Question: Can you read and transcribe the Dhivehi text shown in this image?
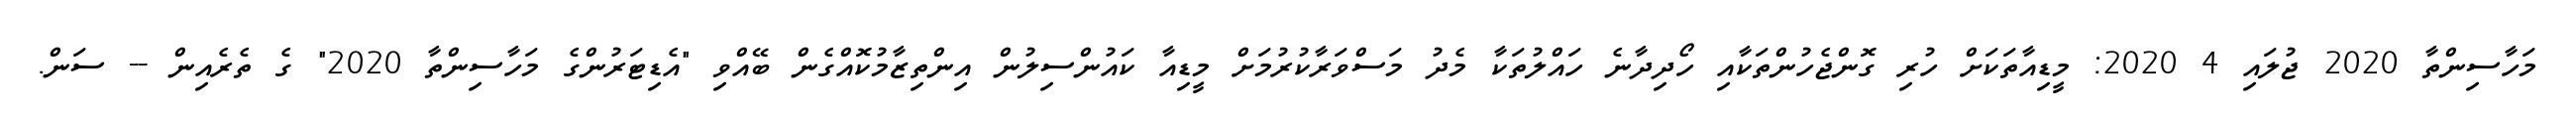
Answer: މަހާސިންތާ 2020 ޖުލައި 4 2020: މީޑިއާތަކަށް ހުރި ގޮންޖެހުންތަކާއި ހޯދިދާނެ ހައްލުތަކާ މެދު މަސްވަރާކުރުމަށް މީޑިއާ ކައުންސިލުން އިންތިޒާމުކޮއްގެން ބޭއްވި "އެޑިޓަރުންގެ މަހާސިންތާ 2020" ގެ ތެރެއިން -- ސަން.